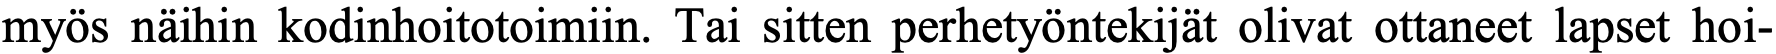
myös näihin kodinhoitotoimiin. Tai sitten perhetyöntekijät olivat ottaneet lapset hoi-